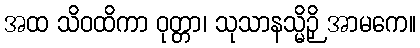
အထ သိဝထိကာ ဝုတ္တာ၊ သုသာနသ္မိဉှိ အာမကေ။